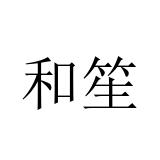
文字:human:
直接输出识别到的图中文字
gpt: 和笙